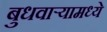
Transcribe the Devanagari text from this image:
बुधवार्‍यामध्ये